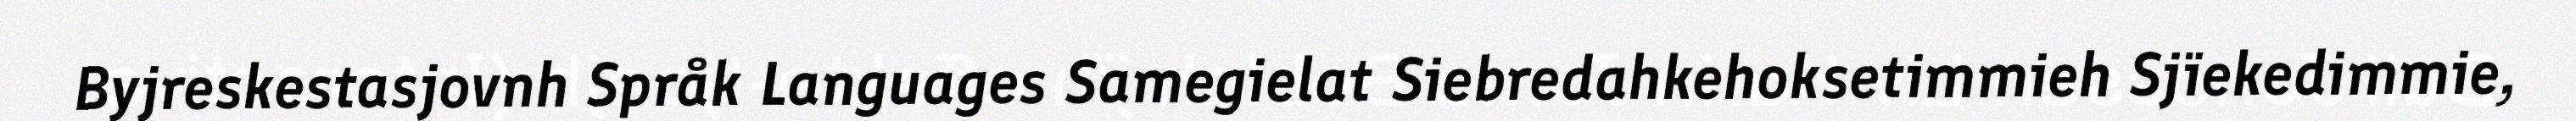
Byjreskestasjovnh Språk Languages Samegielat Siebredahkehoksetimmieh Sjïekedimmie,